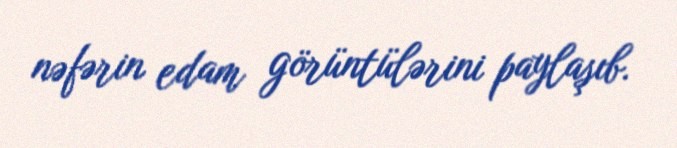
nəfərin edam görüntülərini paylaşıb.